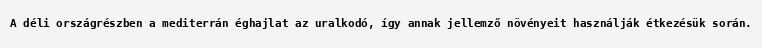
A déli országrészben a mediterrán éghajlat az uralkodó, így annak jellemző növényeit használják étkezésük során.